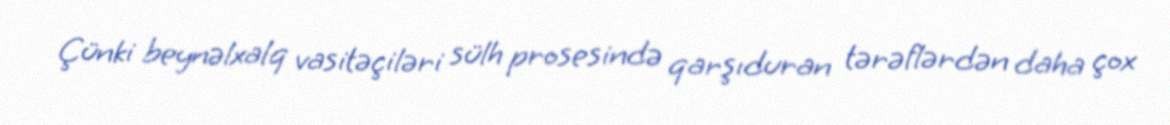
Çünki beynəlxalq vasitəçiləri sülh prosesində qarşıduran tərəflərdən daha çox